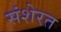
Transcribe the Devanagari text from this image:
संशेरत